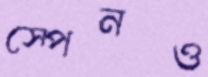
স্পেনও